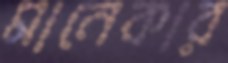
মানেকার